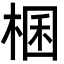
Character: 棞